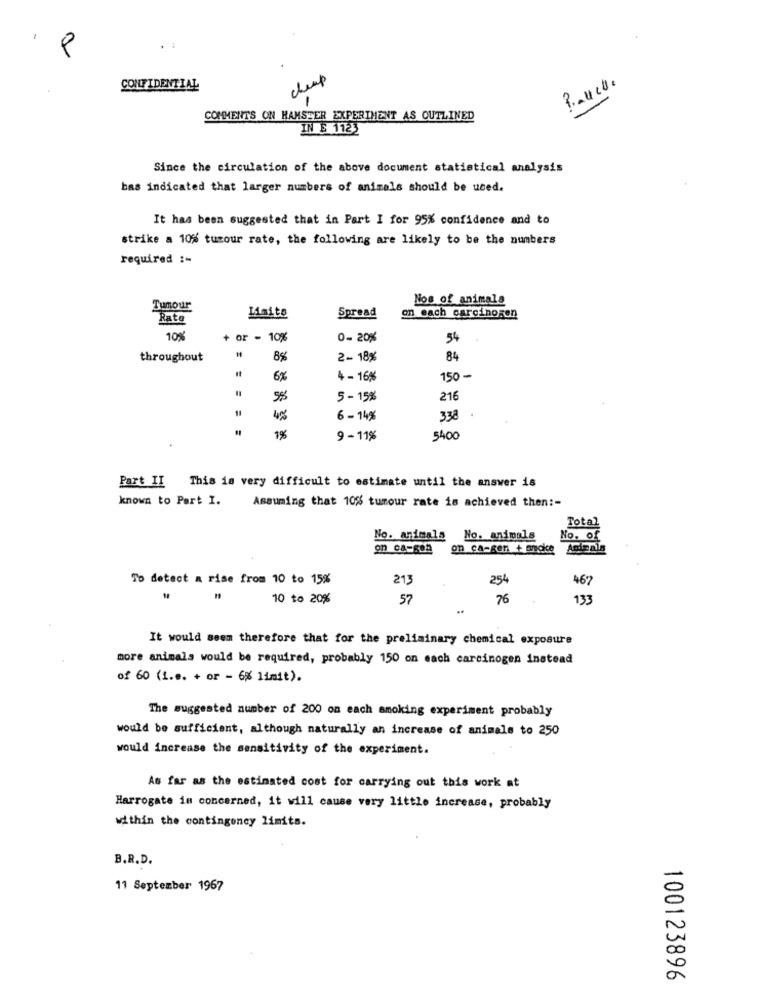
CONFIDENTIAL
cheap
COMMENTS ON HAMSTER EXPERIMENT AS OUTLINED
IN S 1123
Since the circulation of the above document statistical analysis
bas indicated that larger numbers of animals should be used.
It has been suggested that in Part I for 95% confidence and to
strike a 10% tumour rate, the following are likely to be the numbers
required :-
Nos of animals
Tumour
Rate
Laito
Spread
on each carcinogen
10%
or - 10%
0- 20%
54
throughout
2- 18%
84
6%
4 - 16%
150-
5 - 15%
216
4%
6 - 14%
338
1%
9 - 11%
5400
Part II This is very difficult to estimate until the answer is
known to Part I.
Assuming that 10% tumour rate is achieved then :-
Total
No. animals
No. animals
No. of
on ca-se5
on ca-gen + amokce
Animals
To detect a rise from 10 to 15%
213
254
467
10 to 20%
57
76
133
It would seem therefore that for the preliminary chemical exposure
more animals would be required, probably 150 on each carcinogen instead
of 60 (1.e. + or - 6% limit).
The suggested number of 200 on each smoking experiment probably
would be sufficient, although naturally an increase of animals to 250
would increase the sensitivity of the experiment.
As far as the estimated cost for carrying out this work at
Harrogate im concerned, it will cause very little increase, probably
within the contingency limits.
B.R.D.
11 September 1967
100123896